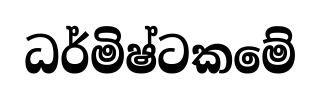
ධර්මිෂ්ටකමේ